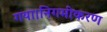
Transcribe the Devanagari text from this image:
गया।निगमीकरण